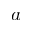
a